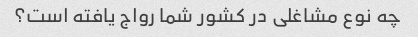
چه نوع مشاغلی در کشور شما رواج یافته است؟